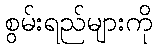
စွမ်းရည်များကို